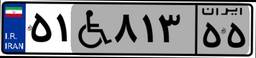
۵۱W۸۱۳۵۵